Report on plague in the Punjab from October 1st ... to September 30th ..., being the ... season of plague in the province
Disease focus: Plague
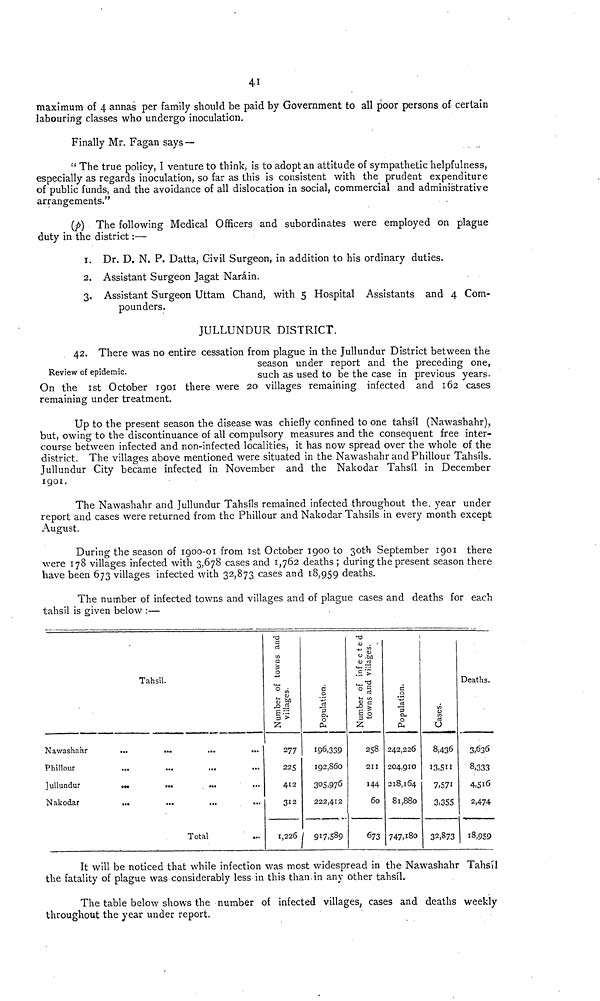
41
maximum of 4 annas per family should be paid by Government to all poor persons of certain
labouring classes who undergo inoculation.
Finally Mr. Fagan says —
" The true policy, I venture to think, is to adopt an attitude of sympathetic helpfulness,
especially as regards inoculation, so far as this is consistent with the prudent expenditure
of public funds, and the avoidance of all dislocation in social, commercial and administrative
arrangements."
(p) The following Medical Officers and subordinates were employed on plague
duty in the district:—
1. Dr. D. N. P. Datta, Civil Surgeon, in addition to his ordinary duties.
2. Assistant Surgeon Jagat Narain.
3. Assistant Surgeon Uttam Chand, with 5 Hospital Assistants and 4 Com-
pounders.
JULLUNDUR DISTRICT.
Review of epidemic.
42. There was no entire cessation from plague in the Jullundur District between the
season under report and the preceding one,
such as used to be the case in previous years.
On the 1st October 1901 there were 20 villages remaining infected and 162 cases
remaining under treatment.
Up to the present season the disease was chiefly confined to one tahsil (Nawashahr),
but, owing to the discontinuance of all compulsory measures and the consequent free inter-
course between infected and non-infected localities, it has now spread over the whole of the
district. The villages above mentioned were situated in the Nawashahr and Phillour Tahsils.
Jullundur City became infected in November and the Nakodar Tahsil in December
1901.
The Nawashahr and Jullundur Tahsils remained infected throughout the. year under
report and cases were returned from the Phillour and Nakodar Tahsils in every month except
August.
During the season of 1900-01 from 1st October 1900 to 30th September 1901 there
were 178 villages infected with 3,678 cases and 1,762 deaths ; during the present season there
have been 673 villages infected with 32,873 cases and 18,959 deaths.
The number of infected towns and villages and of plague cases and deaths for each
tahsil is given below :—
Tahsil.
Nawashahr
...
...
...
...
Phillour
jullundur
...
Nakodaf
...
...
Total
Number of towns villages.
277
225
412
312
1,226
Population.
196,339
192,860
305,976
222,412
917.589
Number of infected towns and villages.
258
211
144
60
673
Population.
242,226
204,910
218,164
81,880
747,180
Cases.
8,436
13.511
7,571
3,355
32,873
Deaths.
3,636
8,333
4,516
2,47.4
18,959
It will be noticed that while infection was most widespread in the Nawashahr Tahsil
the fatality of plague was considerably less in this than, in any other tahsil.
The table below shows the number of infected villages, cases and deaths weekly
throughout the year under report.